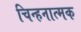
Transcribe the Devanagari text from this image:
चिन्हनात्मक